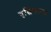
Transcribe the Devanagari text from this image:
वृद्धिकारक